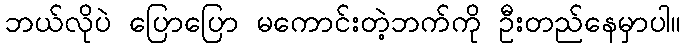
ဘယ်လိုပဲ ပြောပြော မကောင်းတဲ့ဘက်ကို ဦးတည်နေမှာပါ။